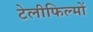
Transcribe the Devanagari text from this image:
टेलीफिल्मों